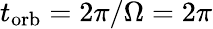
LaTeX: t_{\mathrm{orb}}=2\pi/\Omega=2\pi